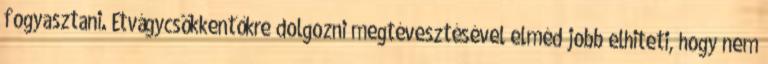
fogyasztani. Étvágycsökkentőkre dolgozni megtévesztésével elméd jobb elhiteti, hogy nem